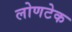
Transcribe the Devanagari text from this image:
लोणटेक